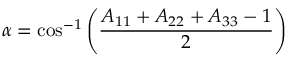
\alpha = \cos ^ { - 1 } \left( { \frac { A _ { 1 1 } + A _ { 2 2 } + A _ { 3 3 } - 1 } { 2 } } \right)